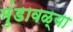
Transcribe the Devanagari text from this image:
मुंडावळ्या